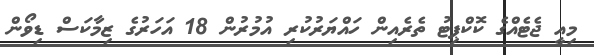
މިއީ ޖެޓެއްގެ ކޮކްޕިޓު ތެރެއިން ހައްޔަރުކުރި އުމުރުން 18 އަހަރުގެ ޒިމާކަސް ޑިވޯން